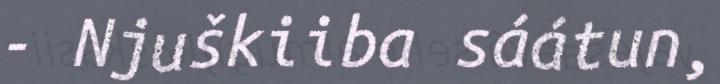
- Njuškiiba sáátun,